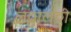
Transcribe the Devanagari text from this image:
लठ्ठालठ्ठी